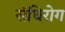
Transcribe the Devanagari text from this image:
संधिरोग